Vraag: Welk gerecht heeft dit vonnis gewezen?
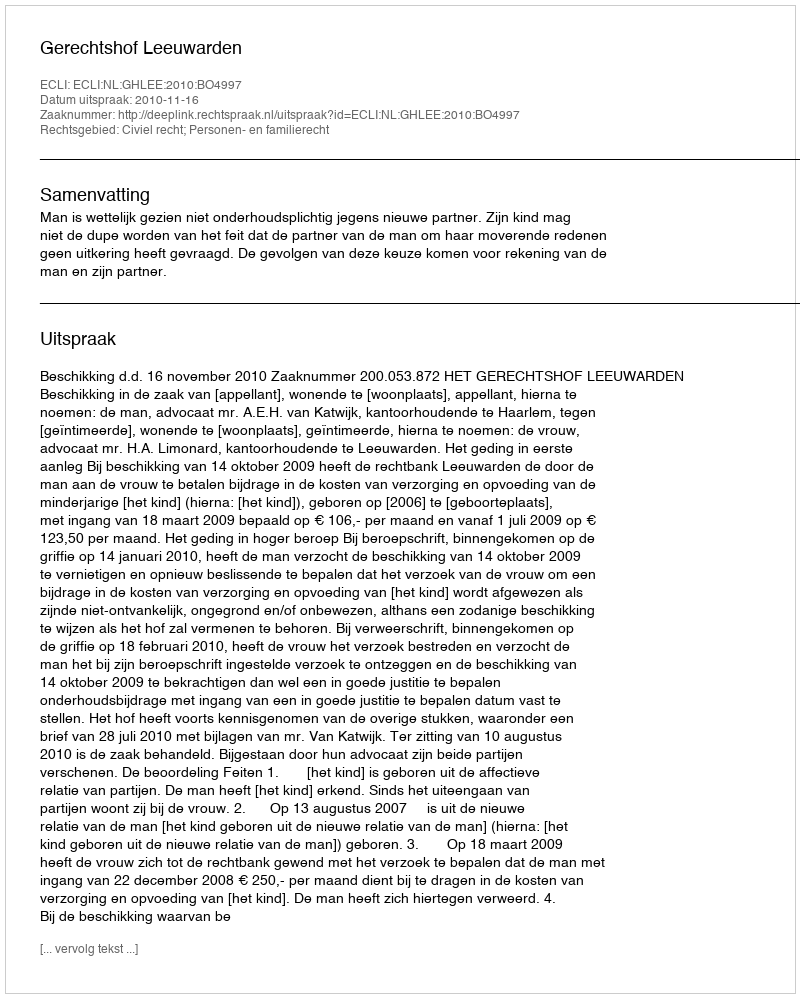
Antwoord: Gerechtshof Leeuwarden